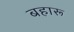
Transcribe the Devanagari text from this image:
बहारू